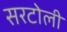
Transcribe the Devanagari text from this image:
सरटोली